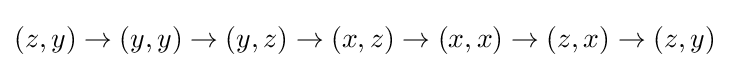
(z,y)\to (y,y)\to (y,z)\to (x,z)\to (x,x)\to (z,x)\to (z,y)